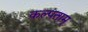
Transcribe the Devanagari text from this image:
कल्पताम्